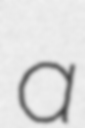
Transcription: a